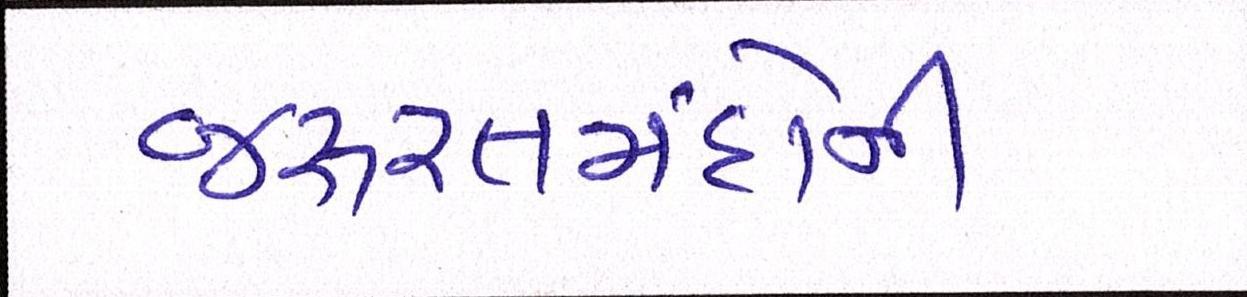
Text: જરૂરતમંદોની